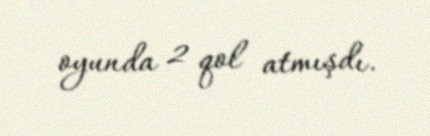
oyunda 2 qol atmışdı.